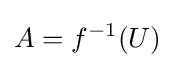
A=f^{-1}(U)